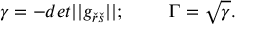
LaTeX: \gamma = - d e t | | g _ { \check { r } \check { s } } | | ; \quad \quad \ \Gamma = \sqrt { \gamma } .